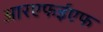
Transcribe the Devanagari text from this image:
आरएफईएफ